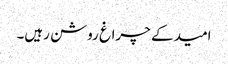
امید کے چراغ روشن رہیں۔